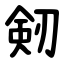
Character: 剱